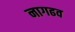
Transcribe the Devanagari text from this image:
नागढव